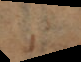
i